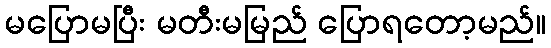
မပြောမပြီး မတီးမမြည် ပြောရတော့မည်။